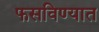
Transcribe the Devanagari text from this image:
फसविण्यात